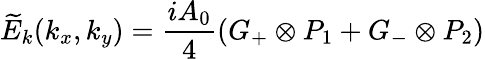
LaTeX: {\widetilde E_{k}}({k_{x}},{k_{y}})=\frac{iA_{0}}{{4}}({G_{+}}\otimes{P_{1}}+{G_{-}}\otimes{P_{2}})